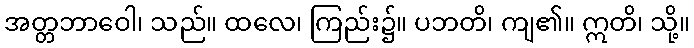
အတ္တဘာဝေါ၊ သည်။ ထလေ၊ ကြည်း၌။ ပဘတိ၊ ကျ၏။ ဣတိ၊ သို့။